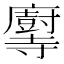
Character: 𫴶